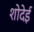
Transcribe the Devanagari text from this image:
शोदेई